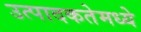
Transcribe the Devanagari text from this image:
उत्पादकतेमध्ये